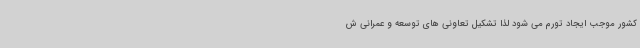
کشور موجب ایجاد تورم می شود لذا تشکیل تعاونی های توسعه و عمرانی ش